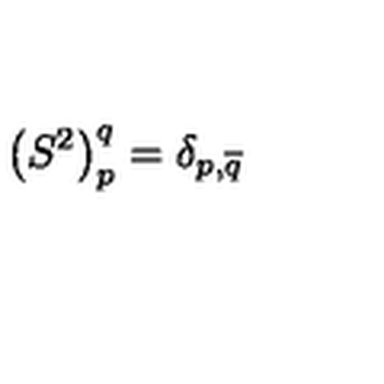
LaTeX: \left( S ^ { 2 } \right) _ { p } ^ { q } = \delta _ { p , \overline { { q } } }